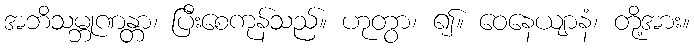
အဘိသမ္ဘုဏန္တာ၊ ပြီးစေကုန်သည်။ ဟုတွာ၊ ၍။ ဝေနေယျာနံ၊ တို့အား။